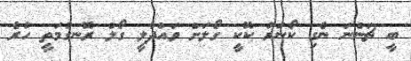
ބީ ޗަންނަ ނެގި ކޯނަރު ކޮކީ ގޯލަށް ވައްދާލީ ގޯލް ރޮނގުމަތީ ހުރެ